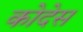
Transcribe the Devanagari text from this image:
कोदेस